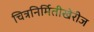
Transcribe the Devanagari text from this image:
चित्रनिर्मितीखेरीज